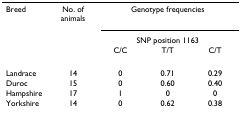
<table><thead><tr><td><b>Breed</b></td><td><b>No. of animals</b></td><td colspan="3"><b>Genotype frequencies</b></td></tr><tr><td></td><td></td><td colspan="3"><b>SNP position 1163</b></td></tr><tr><td></td><td></td><td><b>C/C</b></td><td><b>T/T</b></td><td><b>C/T</b></td></tr></thead><tbody><tr><td>Landrace</td><td>14</td><td>0</td><td>0.71</td><td>0.29</td></tr><tr><td>Duroc</td><td>15</td><td>0</td><td>0.60</td><td>0.40</td></tr><tr><td>Hampshire</td><td>17</td><td>1</td><td>0</td><td>0</td></tr><tr><td>Yorkshire</td><td>14</td><td>0</td><td>0.62</td><td>0.38</td></tr></tbody></table>